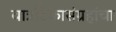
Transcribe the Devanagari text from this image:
वात्रटिकासंग्रहांचा